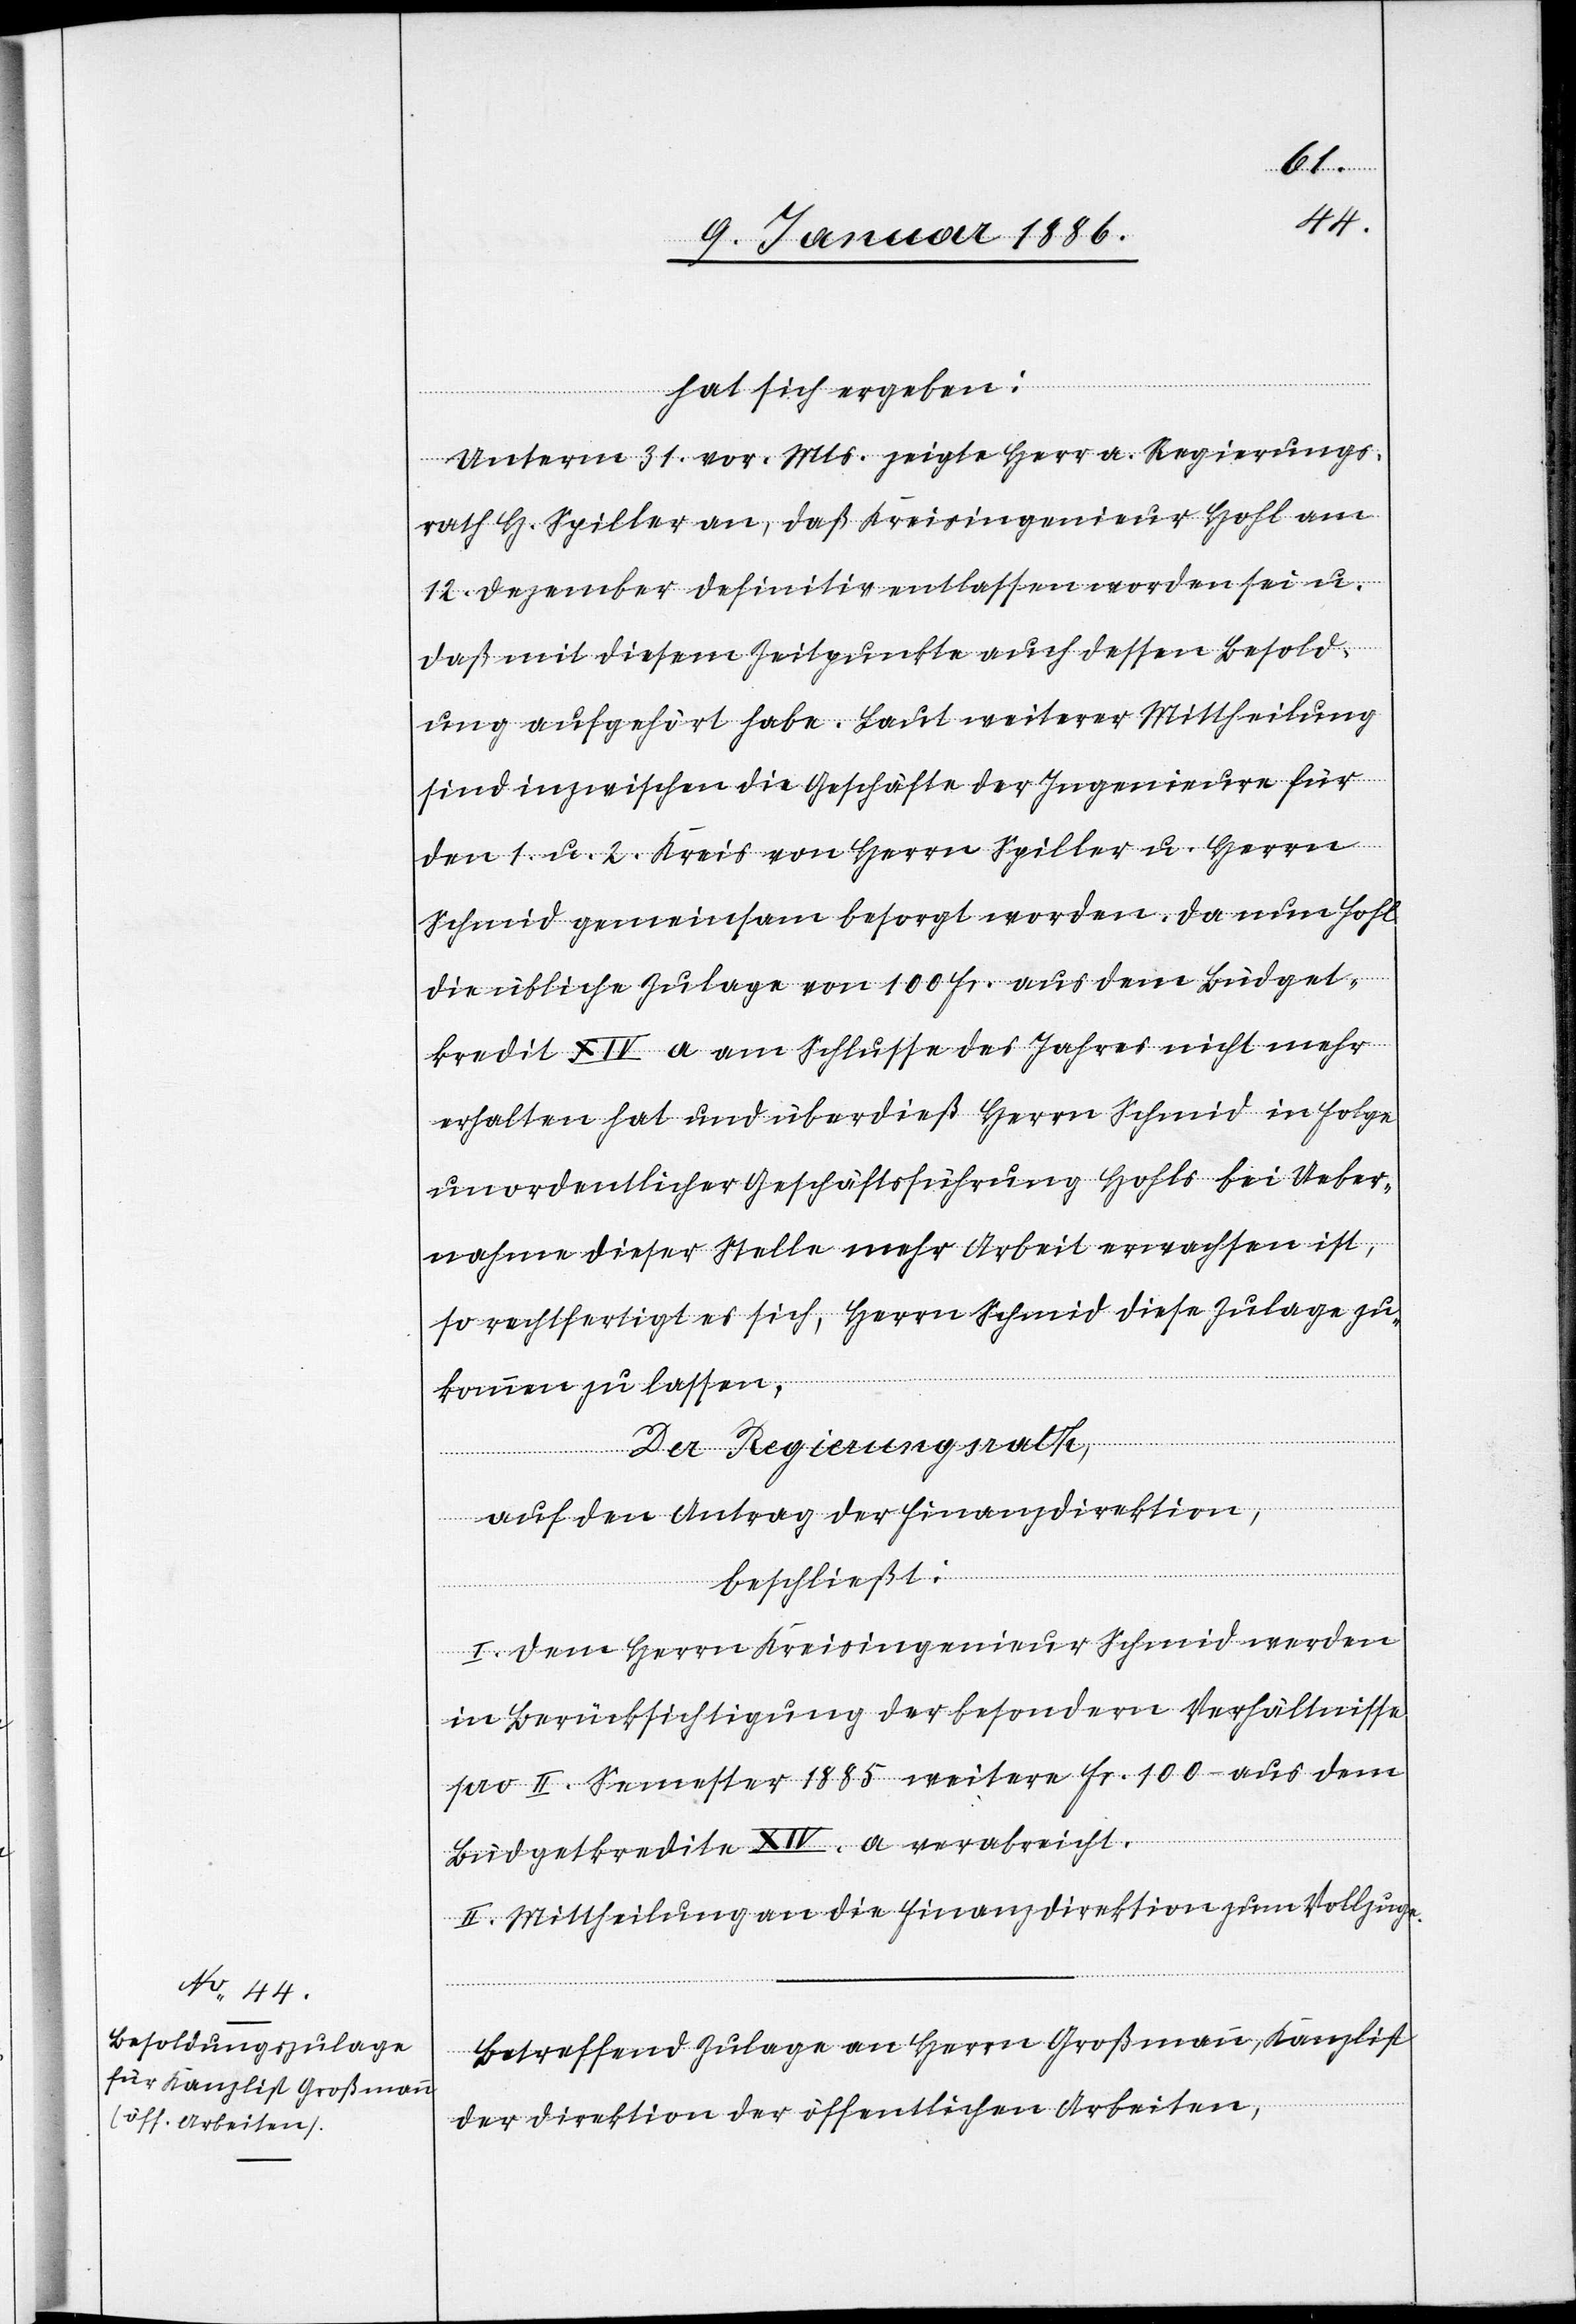
hat sich ergeben:
Unterm 31. vor. Mts. zeigte Herr a. Regierungs¬
rath H. Spiller an, daß Kreisingenieur Hohl am
12. Dezember definitiv entlassen worden sei u.
daß mit diesem Zeitpunkte auch dessen Besold¬
ung aufgehört habe. Laut weiterer Mittheilung
sind inzwischen die Geschäfte der Ingenieure für
den 1. u. 2. Kreis von Herrn Spiller u. Herren
Schmid gemeinsam besorgt worden. Da nun Hohl
die übliche Zulage von 100 Fr. aus dem Büdget¬
kredit XIV a am Schlusse des Jahres nicht mehr
erhalten hat und überdieß Herrn Schmid in Folge
unordentliche Geschäftsführung Hohls bei Ueber¬
nahme dieser Stelle mehr Arbeit erwachsen ist,
so rechtfertigt es sich, Herrn Schmid diese Zulage zu¬
kommen zu lassen.
Der Regierungsrath,
auf den Antrag der Finanzdirektion,
beschließt:
I. Dem Herrn Kreisingenieur Schmid werden
in Berücksichtigung der besondern Verhältnisse
per II. Semester 1885 weitere Fr. 100 aus dem
Büdgetkredite XIV. a verabreicht.
II. Mittheilung an die Finanzdirektion zum Vollzuge.
Betreffend Zulage an Herrn Großmann, Kanzlist
der Direktion der öffentlichen Arbeiten,